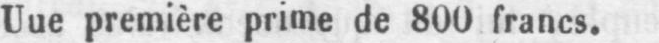
Une première prime de 800 francs.